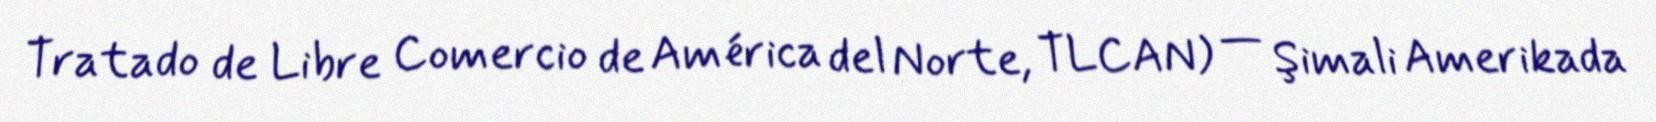
Tratado de Libre Comercio de América del Norte, TLCAN) — Şimali Amerikada